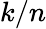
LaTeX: k/n